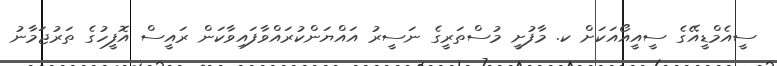
ސީއެމްޑީއޭގެ ސީއީއޯއަކަށް ކ. މާފުށީ މުސްތަރީގެ ނަސީރު އައްޔަންކުރައްވާފައިވާކަން ރައީސް އޮފީހުގެ ތަރުޖަމާނު